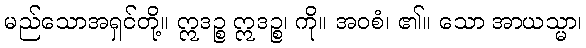
မည်သောအရှင်တို့။ ဣဒဉ္စ ဣဒဉ္စ၊ ကို။ အဝစံ၊ ၏။ သော အာယသ္မာ၊